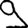
Digit: 9